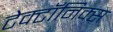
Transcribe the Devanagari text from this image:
टेक्टॉनिक्स